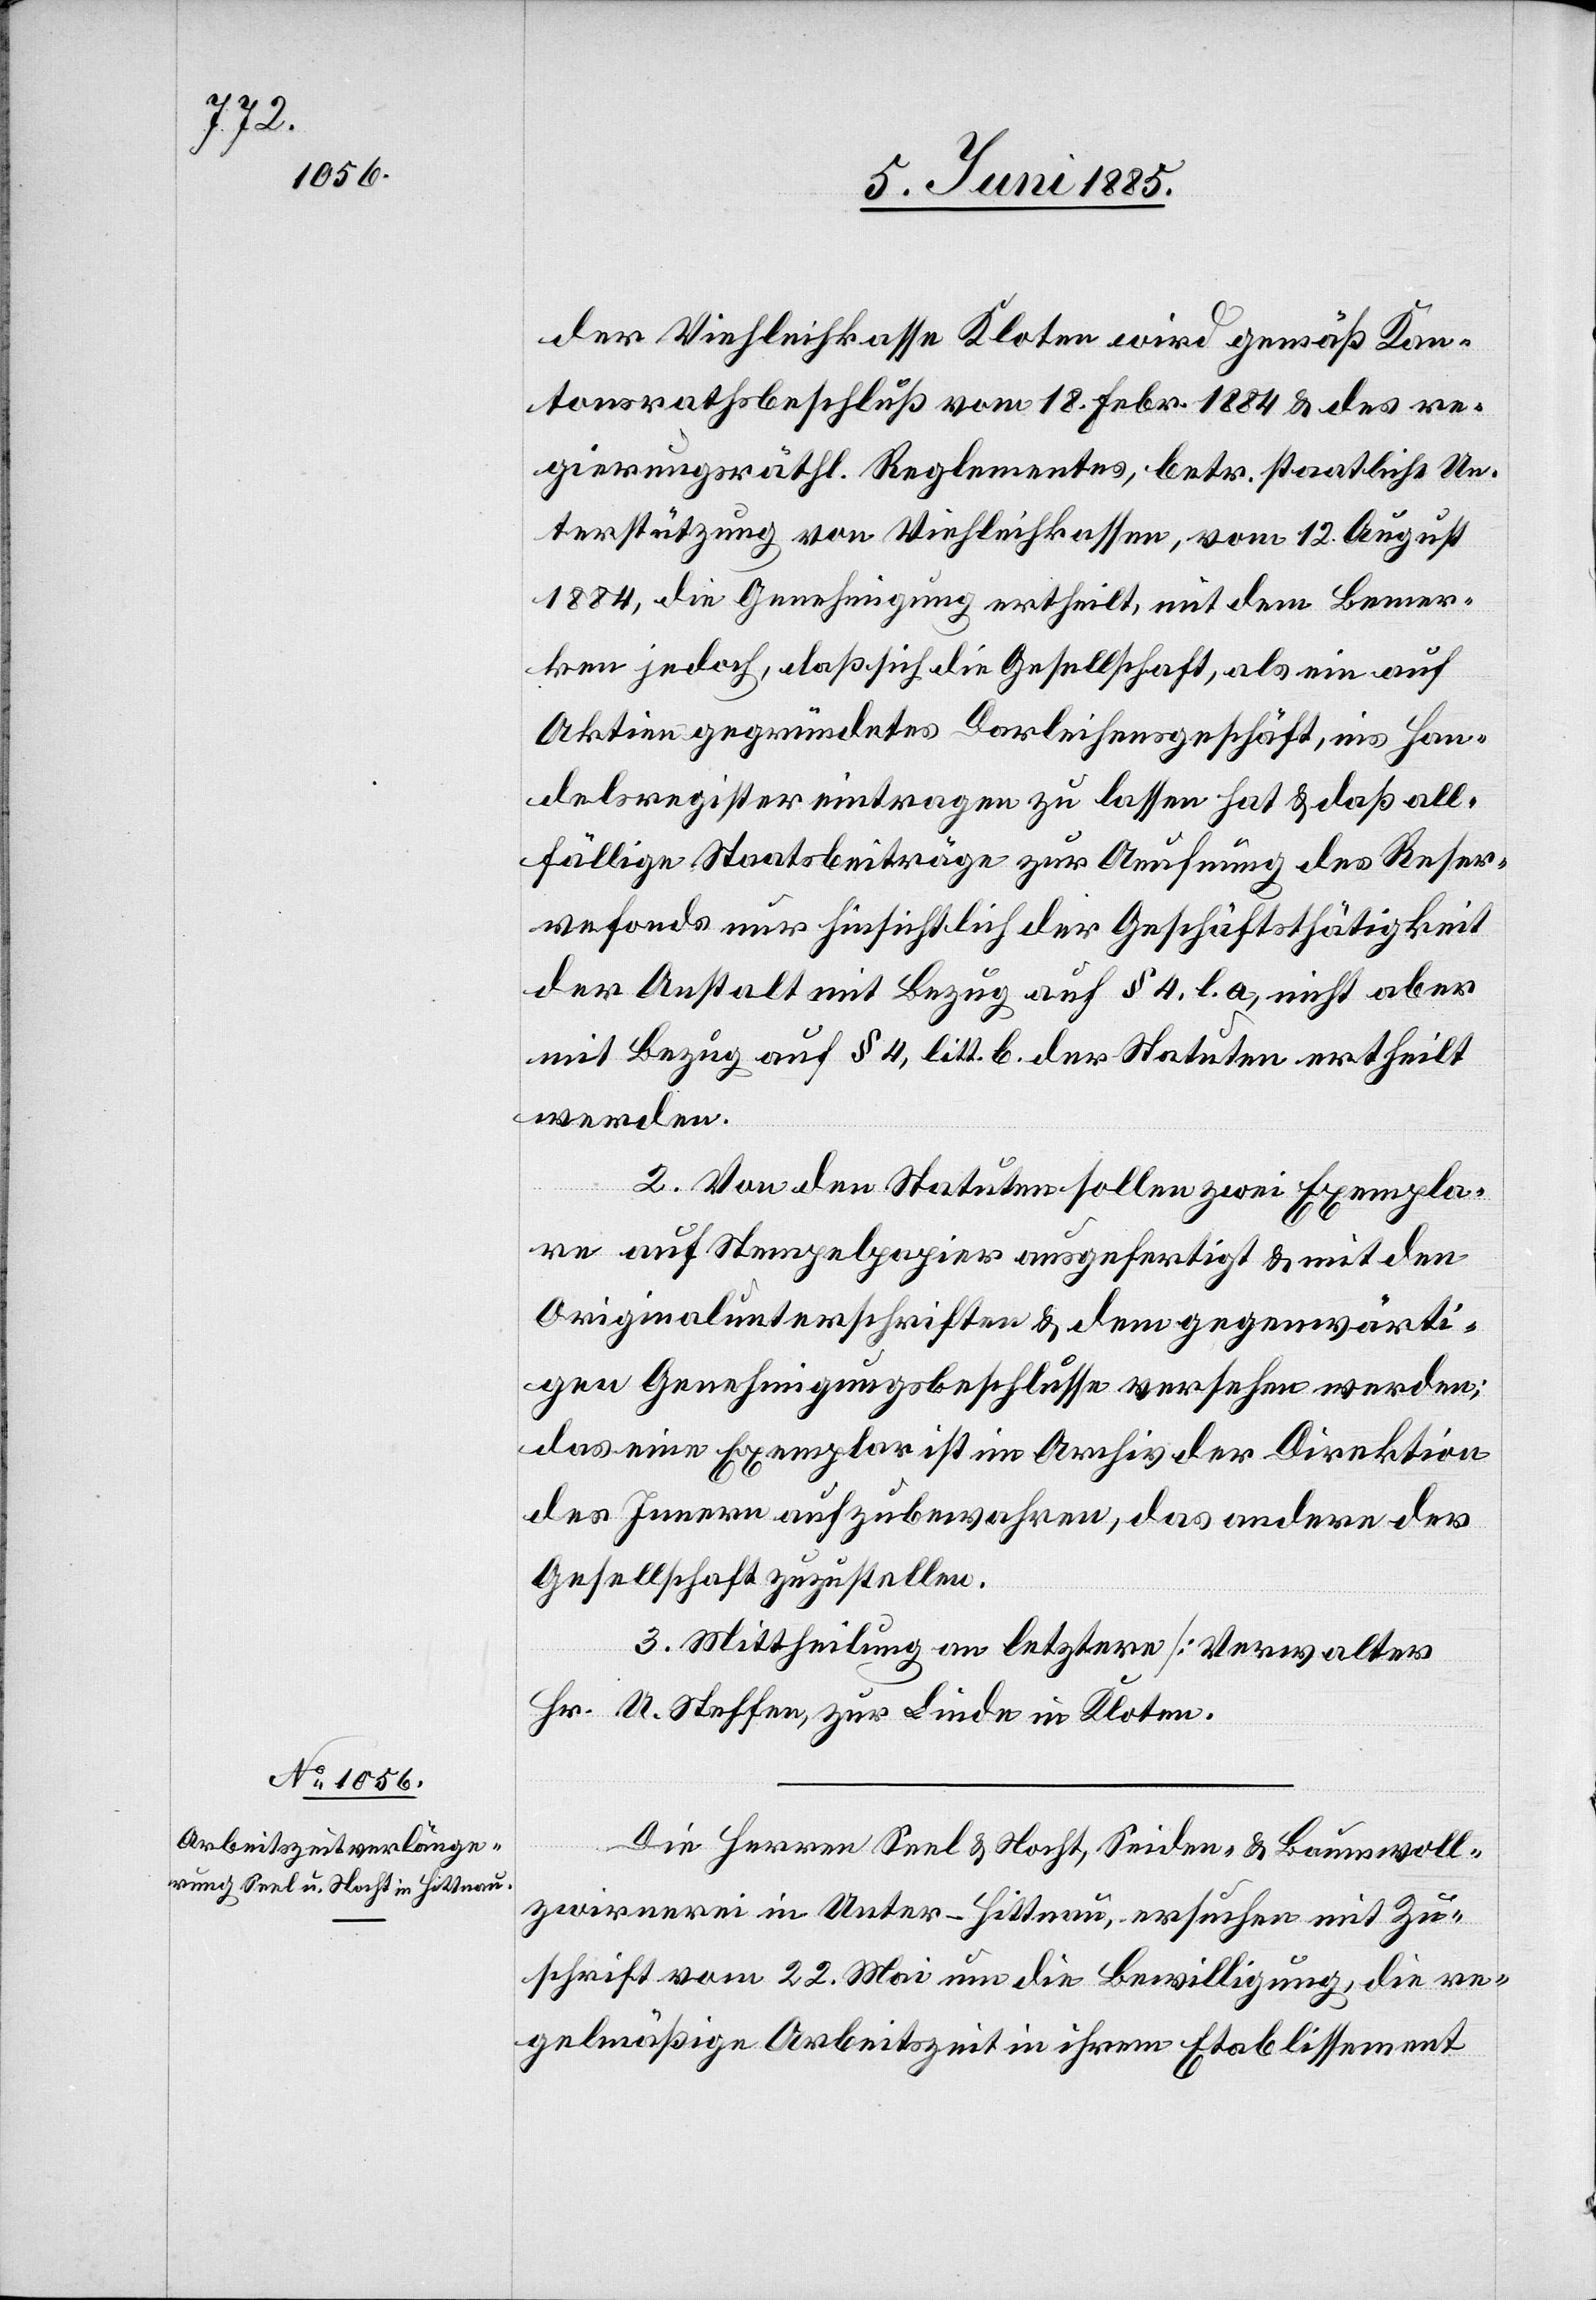
der Viehleihkasse Kloten wird gemäß Kan¬
tonsrathsbeschluß vom 18. Febr. 1884 & des re¬
gierungsräthl. Reglementes, betr. staatliche Un¬
terstützung von Viehleihkassen, vom 12. August
1884, die Genehmigung ertheilt, mit dem Bemer¬
ken jedoch, daß sich die Gesellschaft, als ein auf
Aktien gegründetes Darleihensgeschäft, ins Han¬
delsregister eintragen zu lassen hat & daß all¬
fällige Staatsbeiträge zur Anrufung des Reser¬
vefonds nur hinsichtlich der Geschäftsthätigkeit
der Anstalt mit Bezug auf § 4. l. a, nicht aber
mit Bezug auf § 4, litt. b. der Statuten ertheilt
werden.
2. Von den Statuten sollen zwei Exempla¬
re auf Stempelpapier ausgefertigt & mit den
Originalunterschriften & dem gegenwärti¬
gen Genehmigungsbeschlusse versehen werden;
das eine Exemplar ist im Archiv der Direktion
des Innern aufzubewahren, das andere der
Gesellschaft zuzustellen.
3. Mittheilung an letztere [Verwalter
Hr. U. Steffen, zur Linde in Kloten].
Die Herren Seel & Nacht, Seiden- & Baumwoll¬
zwirnerei in Unter-Hittnau, ersuchen mit Zu¬
schrift vom 22. Mai um die Bewilligung, die re¬
gelmäßige Arbeitszeit in ihrem Etablissement